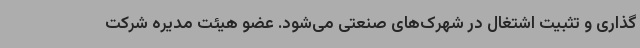
گذاری و تثبیت اشتغال در شهرک‌های صنعتی می‌شود. عضو هیئت مدیره شرکت